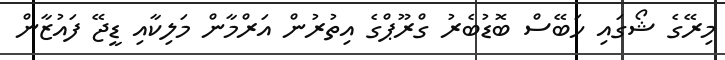
މިރޭގެ ޝޯގައި ހަބޭސް ބޮޑުބެރު ގްރޫޕްގެ އިތުރުން އަރްމާން މަލިކާއިި ޑީޖޭ ފައުޒާން